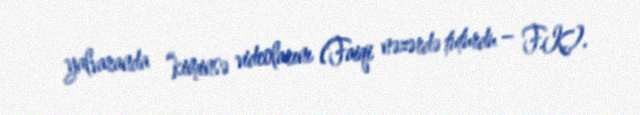
yalvaranda “kiminsə videolarını (Faiqi nəzərdə tuturdu – F.K.).